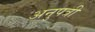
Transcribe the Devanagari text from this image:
अनुपत्री